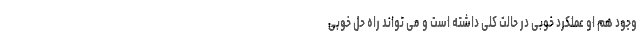
وجود هم او عملکرد خوبی در حالت کلی داشته است و می تواند راه حل خوبی